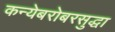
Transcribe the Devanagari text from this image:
कन्येबरोबरसुद्धा